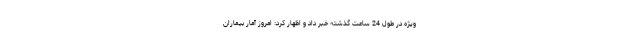
ویژه در طول 24 ساعت گذشته خبر داد و اظهار کرد: امروز آمار بیماران